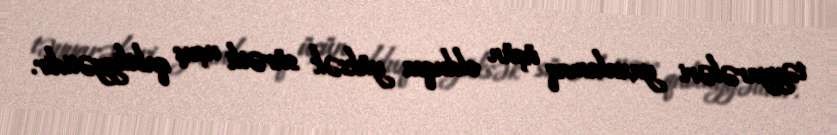
təyyarələri yaxalamaq üçün olduqca yüksək sürətli uçuş qabiliyyətidir.